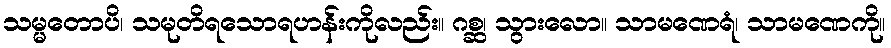
သမ္မတောပိ၊ သမုတိရသောရဟန်းကိုလည်း။ ဂစ္ဆ၊ သွားလော။ သာမဏေရံ၊ သာမဏေကို။